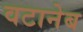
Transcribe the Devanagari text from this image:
वटानेब